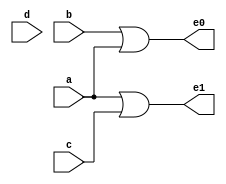
module enc(a,b,c,d,e0,e1);
  input a,b,c,d;
  output e0,e1;
  assign e0 = b|a;
  assign e1 = a|c;
endmodule